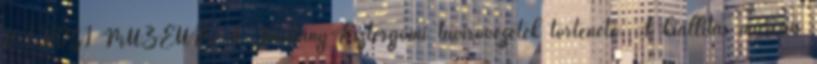
VÁROSI MÚZEUM A Párkány-Esztergomi távíróvezeték története. A kiállítás március